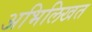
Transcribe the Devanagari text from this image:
अभिलिखत